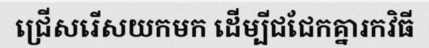
ជ្រើសរើសយកមក ដើម្បីជជែកគ្នារកវិធី